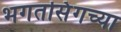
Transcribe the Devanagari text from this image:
भगतसिंगच्या